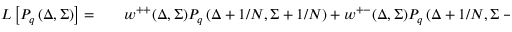
\begin{array} { r l } { { \cal L } \left[ P _ { q } \left( \Delta , \Sigma \right) \right] = } & { { } \quad w ^ { + + } ( \Delta , \Sigma ) P _ { q } \left( \Delta + 1 / N , \Sigma + 1 / N \right) + w ^ { + - } ( \Delta , \Sigma ) P _ { q } \left( \Delta + 1 / N , \Sigma - 1 / N \right) } \end{array}